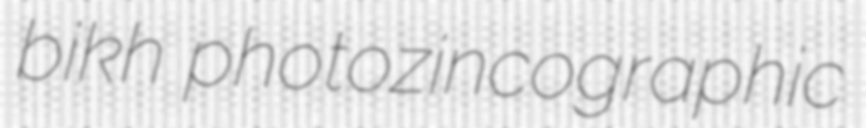
bikh photozincographic